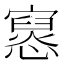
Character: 𫴔